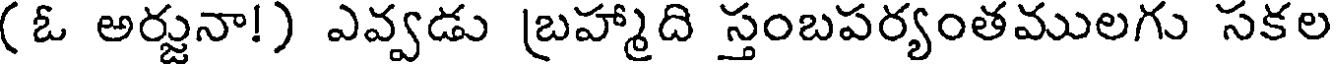
(ఓ అర్జునా!) ఎవ్వడు బ్రహ్మాది స్తంబపర్యంతములగు సకల